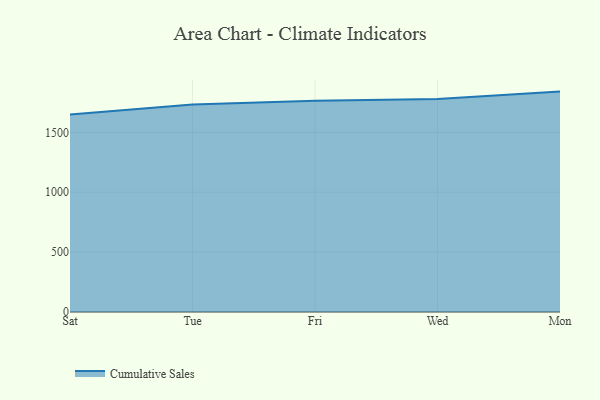
{"axis": {"x": "Day", "y": "Customer Acquisition Cost (USD)"}, "legend": ["Cumulative Sales"], "data": [{"x": "Sat", "y": 1648.2, "type": "Cumulative Sales"}, {"x": "Tue", "y": 1731.6, "type": "Cumulative Sales"}, {"x": "Fri", "y": 1763.3, "type": "Cumulative Sales"}, {"x": "Wed", "y": 1778.8, "type": "Cumulative Sales"}, {"x": "Mon", "y": 1840.2, "type": "Cumulative Sales"}]}